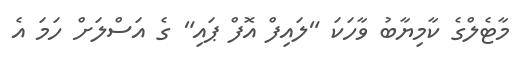
މާޓެލްގެ ކާމިޔާބު ވާހަކަ "ލައިފް އޮފް ޕައި" ގެ އަސްލަށް ހަމަ އެ